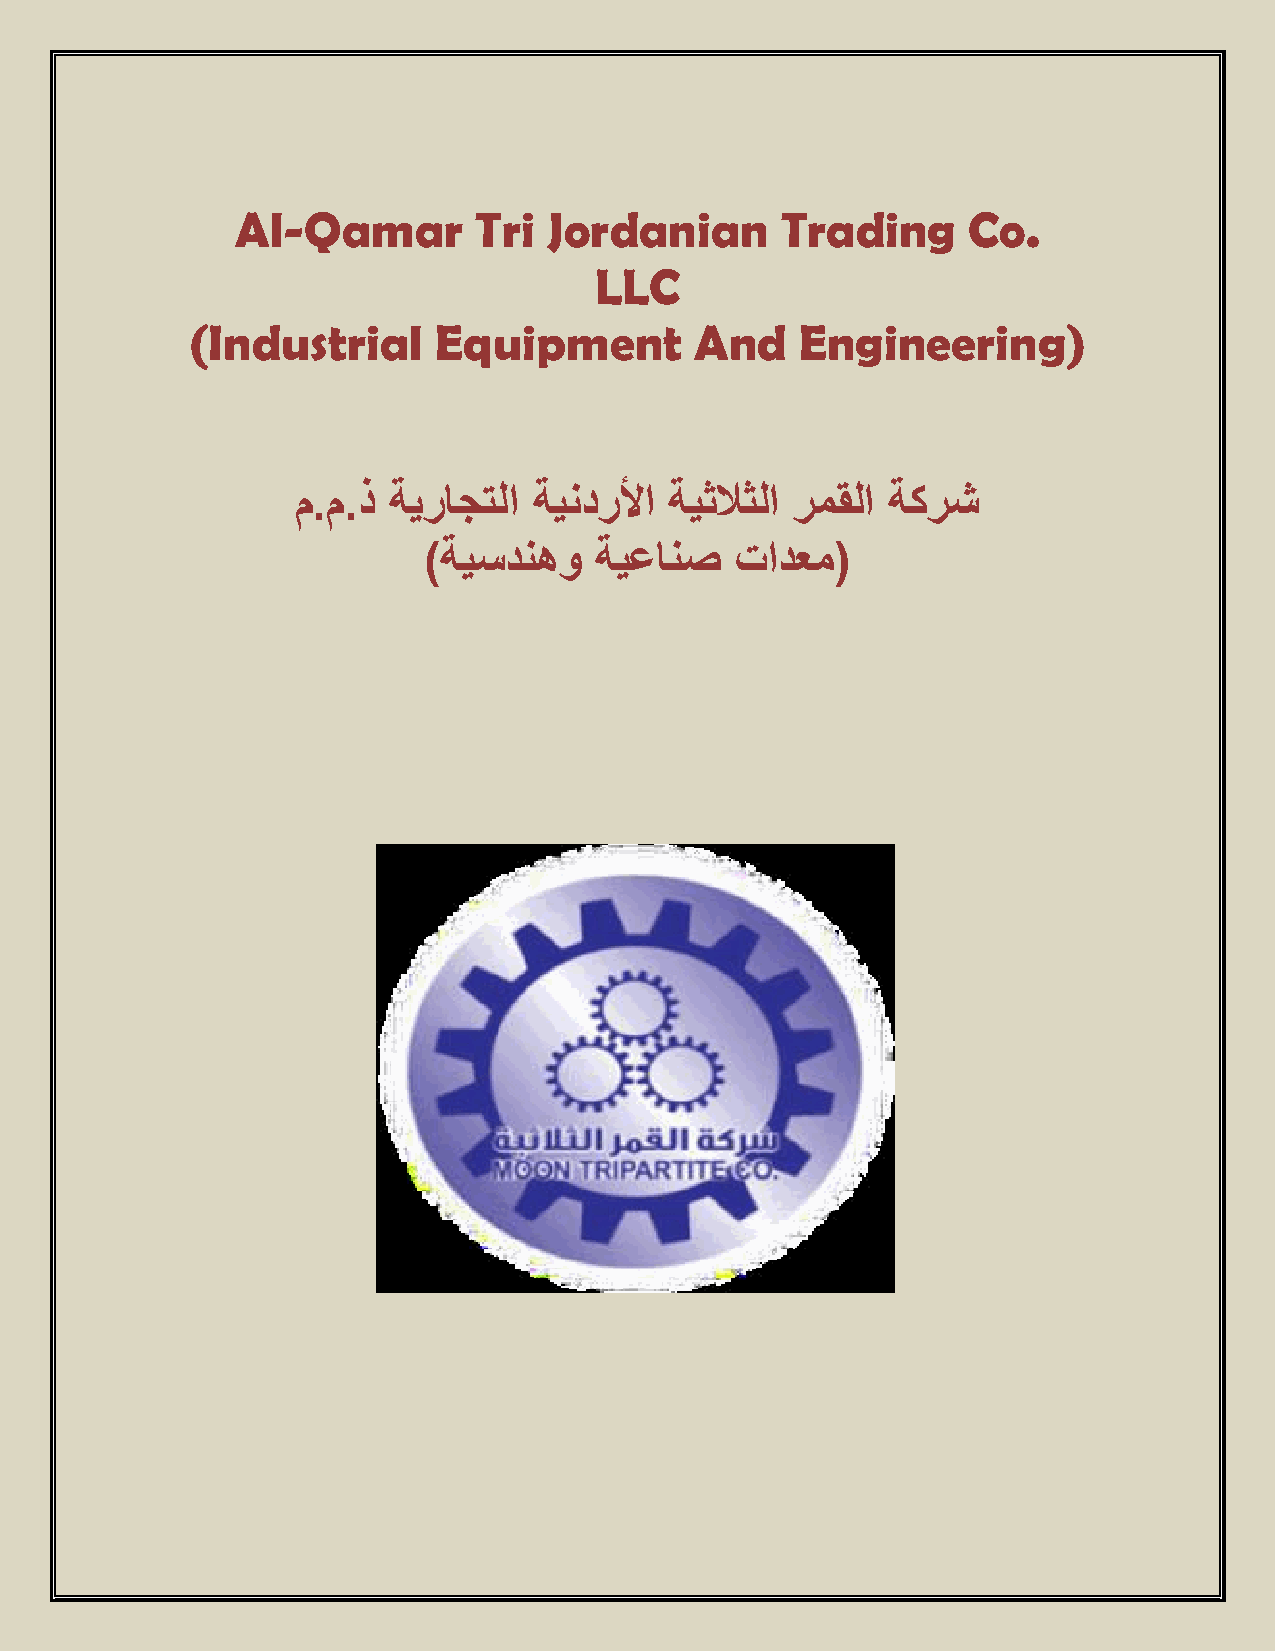
Al-Qamar       Tri  Jordanian       Trading     Co.
 LLC
 (Industrial      Equipment        And    Engineering)
 م.م.ذ ةيراجتلا ةيندرلأا ةيثلاثلا رمقلا ةكرش
 )ةيسدنهو   ةيعانص    تادعم(